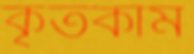
কৃতকাম